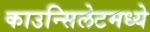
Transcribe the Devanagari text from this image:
काउन्सिलेटमध्ये